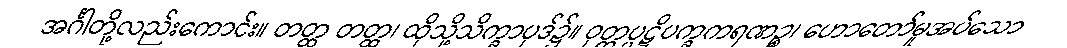
အင်္ဂါတို့လည်းကောင်း။ တတ္ထ တတ္ထ၊ ထိုသို့သိက္ခာပုဒ်၌။ ဝုတ္တပ္ပဋိပက္ခကရဏဉ္စ၊ ဟောတော်မူအပ်သော